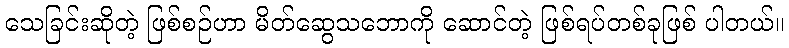
သေခြင်းဆိုတဲ့ ဖြစ်စဉ်ဟာ မိတ်ဆွေသဘောကို ဆောင်တဲ့ ဖြစ်ရပ်တစ်ခုဖြစ် ပါတယ်။